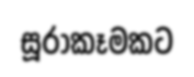
සූරාකෑමකට